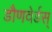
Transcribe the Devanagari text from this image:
डौणवेर्डस्